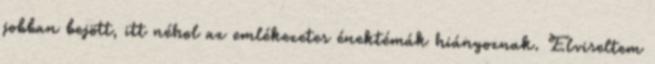
jobban bejött, itt néhol az emlékezetes énektémák hiányoznak. Elviseltem